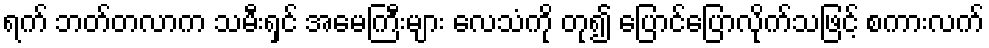
ရက် ဘတ်တလာက သမီးရှင် အမေကြီးများ လေသံကို တု၍ ပြောင်ပြောလိုက်သဖြင့် စကားလက်